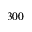
3 0 0